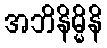
အဘိနိမ္မိနိ